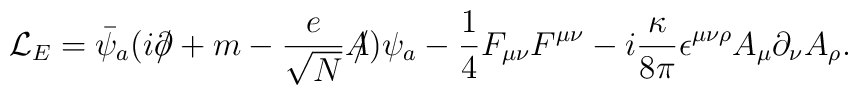
{\cal L}_E=\bar \psi_a (i \partial \!\!\! / +m-\frac{e}{\sqrt{N}}A \!\!\! /)\psi_a-\frac{1}{4} F_{\mu \nu}F^{\mu \nu}-i \frac{\kappa}{8\pi} \epsilon^{\mu \nu \rho} A_{\mu} \partial_{\nu} A_{\rho}.